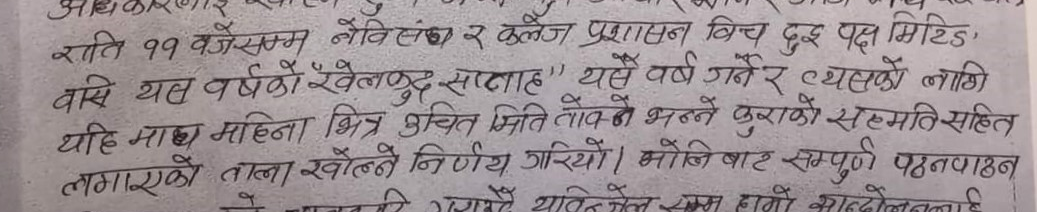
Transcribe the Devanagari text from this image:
अधिकारलाई खाए छ सम्म नविसंघ र कलेज प्रशासन बिच दुई पक्ष मिटिङ
वासि यस वर्षको खेलकुद सताह " यसै वर्ष गर्ने र यसको लागि
यहि माघ महिना भित्र उचित मिति ताक्ने भन्ने कुराको सहमति सहित
लगाएको ताला खोल्ने निर्णय गरियो। भोलिबाट सम्पूर्ण पठनपाठन
यो अवधि उपरायु यसैले सम्म हाम्रो आन्दोलनलाई